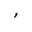
,